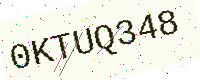
Text: 0KTUQ348